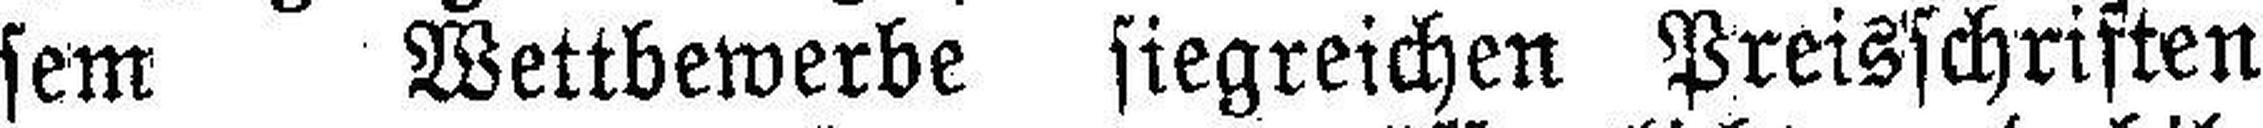
sem Wettbewerbe siegreichen Preisschriften